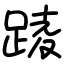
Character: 踜